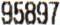
95897